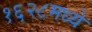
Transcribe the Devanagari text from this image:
१६२८मध्ये